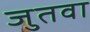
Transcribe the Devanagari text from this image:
जुतवा